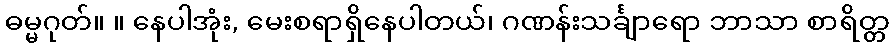
ဓမ္မဂုတ်။ ။ နေပါအုံး, မေးစရာရှိနေပါတယ်၊ ဂဏန်းသင်္ချာရော ဘာသာ စာရိတ္တ